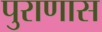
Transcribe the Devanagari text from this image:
पुराणास